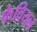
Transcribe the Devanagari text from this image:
फेवियन